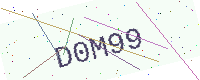
Text: D0M99